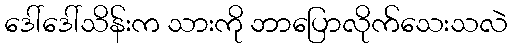
ဒေါ်ဒေါ်သိန်းက သားကို ဘာပြောလိုက်သေးသလဲ